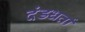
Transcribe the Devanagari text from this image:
दंडधर्ता